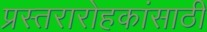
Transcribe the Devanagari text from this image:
प्रस्तरारोहकांसाठी